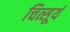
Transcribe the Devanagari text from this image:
चित्सूर्य